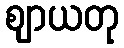
ဈာယတု